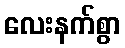
လေးနက်စွာ